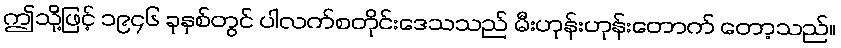
ဤသို့ဖြင့် ၁၉၄၆ ခုနှစ်တွင် ပါလက်စတိုင်းဒေသသည် မီးဟုန်းဟုန်းတောက် တော့သည်။